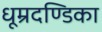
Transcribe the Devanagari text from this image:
धूम्रदण्डिका